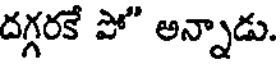
దగ్గరకే పో" అన్నాడు.